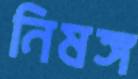
নিষঙ্গ